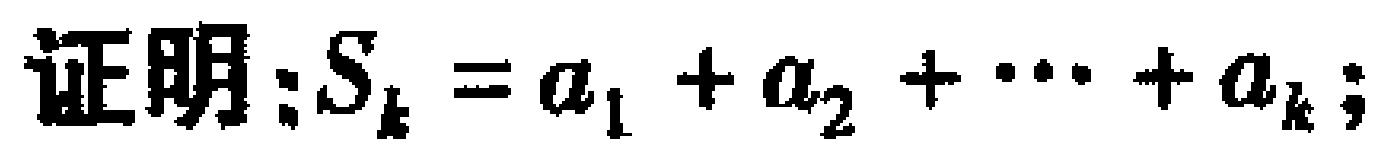
证明：\(S_{k}=a_{1}+a_{2}+\cdots +a_{k};\)